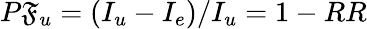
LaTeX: P\mathfrak{F}_{u}=(I_{u}-I_{e})/I_{u}=1-RR